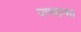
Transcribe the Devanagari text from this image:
पण्यात्मा